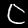
Digit: 0